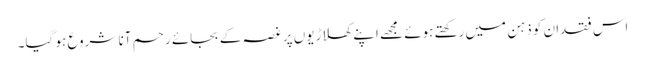
اس فقدان کو ذہن میں رکھتے ہوئے مجھے اپنے کھلاڑیوں پر غصہ کے بجائے رحم آنا شروع ہو گیا۔